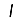
Digit: 1